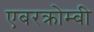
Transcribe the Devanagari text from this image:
एबरक्रोम्बी